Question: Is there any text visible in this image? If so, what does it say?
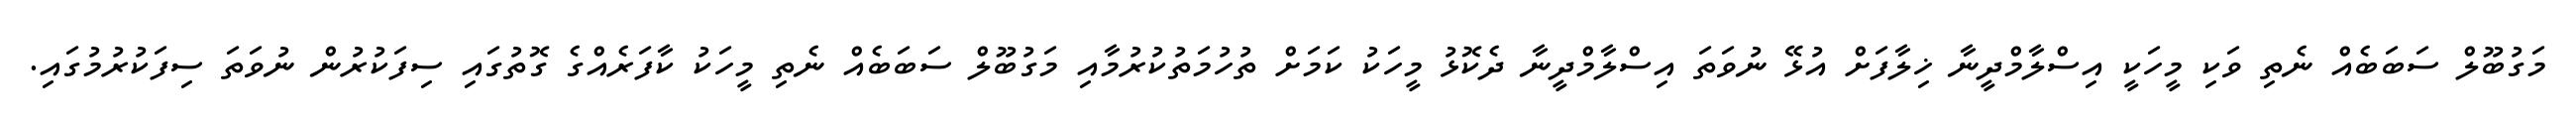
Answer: މަގުބޫލް ސަބަބެއް ނެތި ވަކި މީހަކީ އިސްލާމްދީނާ ޚިލާފަށް އުޅޭ ނުވަތަ އިސްލާމްދީނާ ދެކޮޅު މީހަކު ކަމަށް ތުހުމަތުކުރުމާއި މަގުބޫލް ސަބަބެއް ނެތި މީހަކު ކާފަރެއްގެ ގޮތުގައި ސިފަކުރުން ނުވަތަ ސިފަކުރުމުގައި.